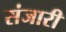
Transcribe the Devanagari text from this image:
संजारी